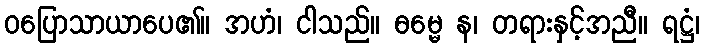
ဝပြောသာယာပေ၏။ အဟံ၊ ငါသည်။ ဓမ္မေ န၊ တရားနှင့်အညီ။ ရဋ္ဌံ၊